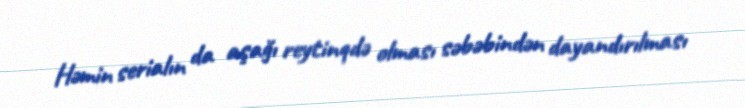
Həmin serialın da aşağı reytinqdə olması səbəbindən dayandırılması